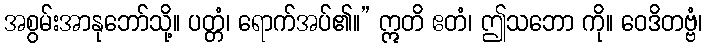
အစွမ်းအာနုဘော်သို့။ ပတ္တံ၊ ရောက်အပ်၏။” ဣတိ ဧတံ၊ ဤသဘော ကို။ ဝေဒိတဗ္ဗံ၊